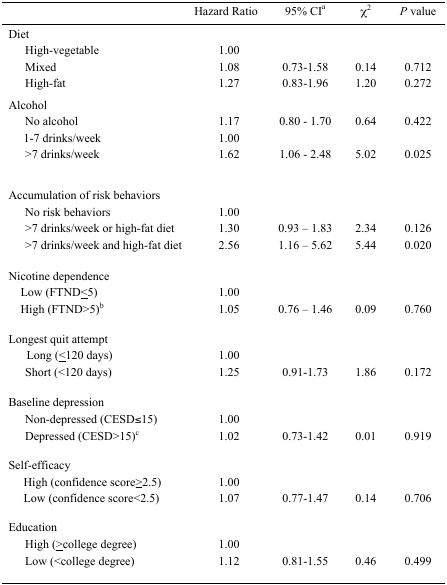
<table><thead><tr><td></td><td><b>Hazard Ratio</b></td><td><b>95% CI<sup>a</sup></b></td><td><b>χ<sup>2</sup></b></td><td><b><i>P </i>value</b></td></tr></thead><tbody><tr><td>Diet</td><td></td><td></td><td></td><td></td></tr><tr><td> High-vegetable</td><td>1.00</td><td></td><td></td><td></td></tr><tr><td> Mixed</td><td>1.08</td><td>0.73–1.58</td><td>0.14</td><td>0.712</td></tr><tr><td> High-fat</td><td>1.27</td><td>0.83–1.96</td><td>1.20</td><td>0.272</td></tr><tr><td>Alcohol</td><td></td><td></td><td></td><td></td></tr><tr><td> No alcohol</td><td>1.17</td><td>0.80 – 1.70</td><td>0.64</td><td>0.422</td></tr><tr><td> 1–7 drinks/week</td><td>1.00</td><td></td><td></td><td></td></tr><tr><td> &gt;7 drinks/week</td><td>1.62</td><td>1.06 – 2.48</td><td>5.02</td><td>0.025</td></tr><tr><td>Accumulation of risk behaviors</td><td></td><td></td><td></td><td></td></tr><tr><td> No risk behaviors</td><td>1.00</td><td></td><td></td><td></td></tr><tr><td> &gt;7 drinks/week or high-fat diet</td><td>1.30</td><td>0.93 – 1.83</td><td>2.34</td><td>0.126</td></tr><tr><td> &gt;7 drinks/week and high-fat diet</td><td>2.56</td><td>1.16 – 5.62</td><td>5.44</td><td>0.020</td></tr><tr><td>Nicotine dependence</td><td></td><td></td><td></td><td></td></tr><tr><td> Low (FTND≤5)</td><td>1.00</td><td></td><td></td><td></td></tr><tr><td> High (FTND&gt;5)<sup>b</sup></td><td>1.05</td><td>0.76 – 1.46</td><td>0.09</td><td>0.760</td></tr><tr><td>Longest quit attempt</td><td></td><td></td><td></td><td></td></tr><tr><td> Long (≤120 days)</td><td>1.00</td><td></td><td></td><td></td></tr><tr><td> Short (&lt;120 days)</td><td>1.25</td><td>0.91–1.73</td><td>1.86</td><td>0.172</td></tr><tr><td>Baseline depression</td><td></td><td></td><td></td><td></td></tr><tr><td> Non-depressed (CESD≤15)</td><td>1.00</td><td></td><td></td><td></td></tr><tr><td> Depressed (CESD&gt;15)<sup>c</sup></td><td>1.02</td><td>0.73–1.42</td><td>0.01</td><td>0.919</td></tr><tr><td>Self-efficacy</td><td></td><td></td><td></td><td></td></tr><tr><td> High (confidence score≥2.5)</td><td>1.00</td><td></td><td></td><td></td></tr><tr><td> Low (confidence score&lt;2.5)</td><td>1.07</td><td>0.77–1.47</td><td>0.14</td><td>0.706</td></tr><tr><td>Education</td><td></td><td></td><td></td><td></td></tr><tr><td> High (≥college degree)</td><td>1.00</td><td></td><td></td><td></td></tr><tr><td> Low (&lt;college degree)</td><td>1.12</td><td>0.81–1.55</td><td>0.46</td><td>0.499</td></tr></tbody></table>